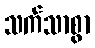
သက်သာစွာ